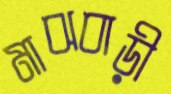
মাঝবাড়ী